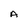
Character: A